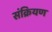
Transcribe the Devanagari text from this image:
संक्रियण